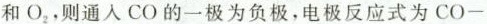
和O_{2}，则通入CO的一极为负极，电极反应式为CO-